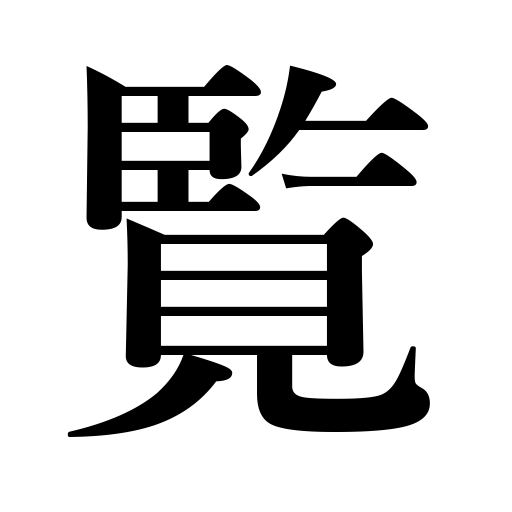
Meanings: see